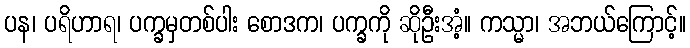
ပန၊ ပရိဟာရ၊ ပက္ခမှတစ်ပါး စောဒက၊ ပက္ခကို ဆိုဦးအံ့။ ကသ္မာ၊ အဘယ်ကြောင့်။